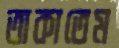
তাকাতেম